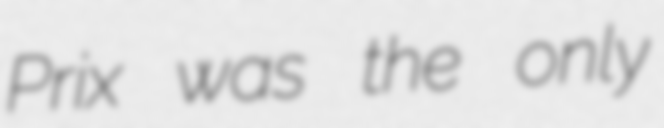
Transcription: Prix was the only